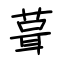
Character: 葺